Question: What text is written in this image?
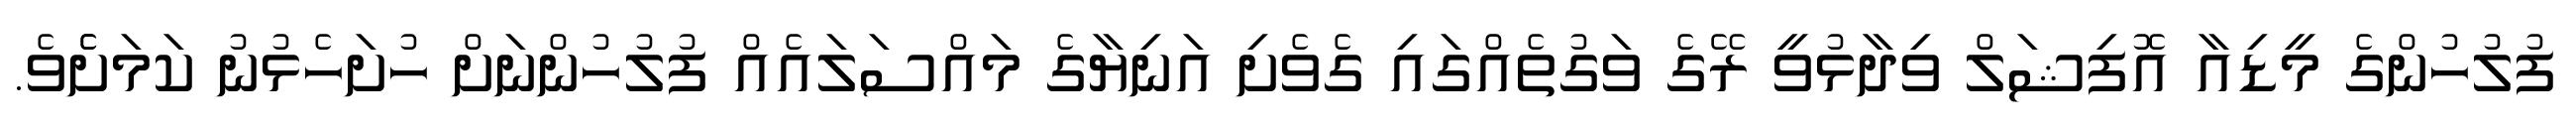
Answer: ފުލުހުންގެ މީޑިއާ އޮފިޝަލް ވިދާޅުވީ ރޭގެ ވަގުތެއްގައި ގެވެށި އަނިޔާގެ މައްސަލައެއް ފުލުހުންނަށް ހުށަހެޅުނު ކަމަށެެވެ.